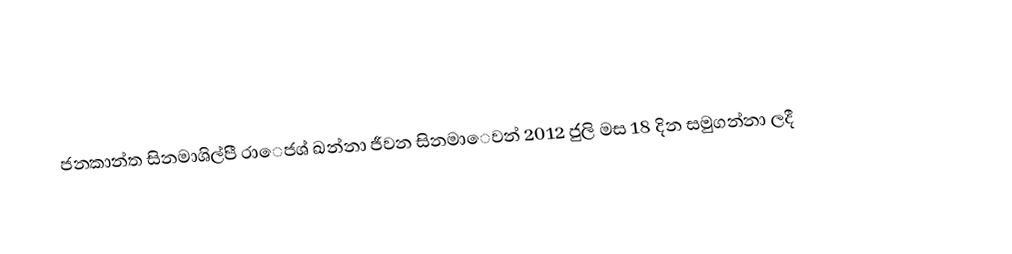
ජනකාන්ත සිනමාශිල්පී රාෙජශ් ඛන්නා ජීවන සිනමාෙවන් 2012 ජුලි මස 18 දින සමුගන්නා ලදී